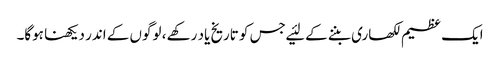
ایک عظیم لکھاری بننے کے لئیے جس کو تاریخ یاد رکھے ، لوگوں کے اندر دیکھنا ہوگا۔